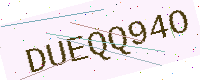
Text: DUEQQ94O